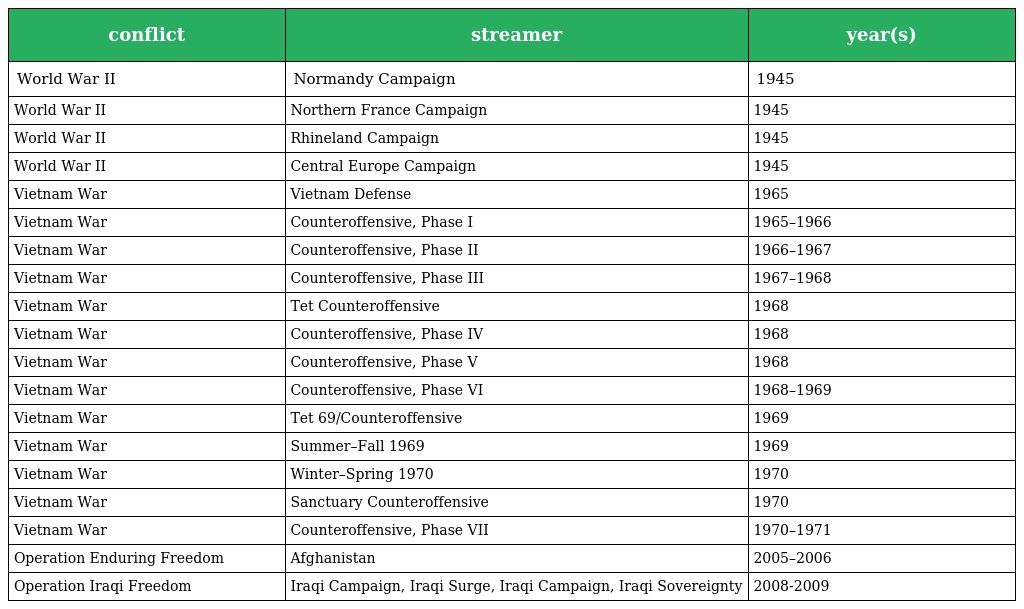
| conflict | streamer | year(s) |
 | --- | --- | --- |
 | World War II | Normandy Campaign | 1945 |
 | World War II | Northern France Campaign | 1945 |
 | World War II | Rhineland Campaign | 1945 |
 | World War II | Central Europe Campaign | 1945 |
 | Vietnam War | Vietnam Defense | 1965 |
 | Vietnam War | Counteroffensive, Phase I | 1965–1966 |
 | Vietnam War | Counteroffensive, Phase II | 1966–1967 |
 | Vietnam War | Counteroffensive, Phase III | 1967–1968 |
 | Vietnam War | Tet Counteroffensive | 1968 |
 | Vietnam War | Counteroffensive, Phase IV | 1968 |
 | Vietnam War | Counteroffensive, Phase V | 1968 |
 | Vietnam War | Counteroffensive, Phase VI | 1968–1969 |
 | Vietnam War | Tet 69/Counteroffensive | 1969 |
 | Vietnam War | Summer–Fall 1969 | 1969 |
 | Vietnam War | Winter–Spring 1970 | 1970 |
 | Vietnam War | Sanctuary Counteroffensive | 1970 |
 | Vietnam War | Counteroffensive, Phase VII | 1970–1971 |
 | Operation Enduring Freedom | Afghanistan | 2005–2006 |
 | Operation Iraqi Freedom | Iraqi Campaign, Iraqi Surge, Iraqi Campaign, Iraqi Sovereignty | 2008-2009 |